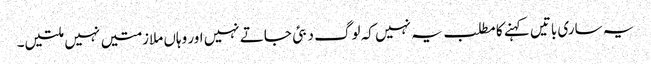
یہ ساری باتیں کہنے کا مطلب یہ نہیں کہ لوگ دبئی جاتے نہیں اور وہاں ملازمتیں نہیں ملتیں۔